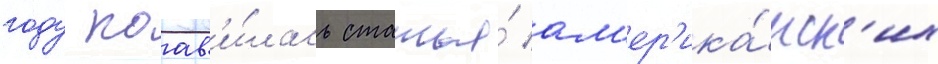
году поав'и́лась статья́ ам'ер'ика́нск'их